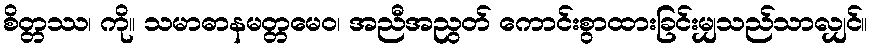
စိတ္တဿ၊ ကို။ သမာဓာနမတ္တမေဝ၊ အညီအညွတ် ကောင်းစွာထားခြင်းမျှသည်သာလျှင်။